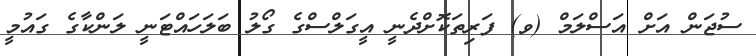
ސުޖަން އަށް އަސްލަމް (ވ) ފަރިތަކޮށްދެނީ އީގަލްސްގެ ގޯލު ބަލަހައްޓަނީ ލަންކާގެ ގައުމީ